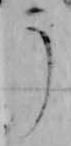
う